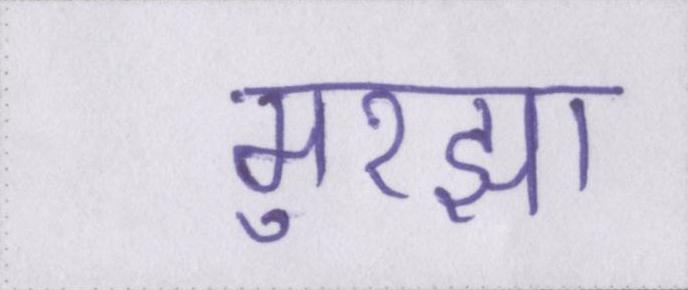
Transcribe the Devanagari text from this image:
मुरझा